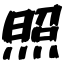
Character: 照